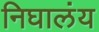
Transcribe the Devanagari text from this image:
निघालंंय